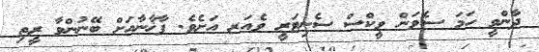
ދާންވީ ހަމަ ސެވަން ވީކްސް ސެނިޓަރީ ވެއަރ އަށެވެ. ފާޚާނާއަށް ބޭނުންވާ ރީތި